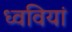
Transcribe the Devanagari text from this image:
ध्ववियां